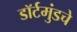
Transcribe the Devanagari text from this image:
डॉर्टमुंडचे